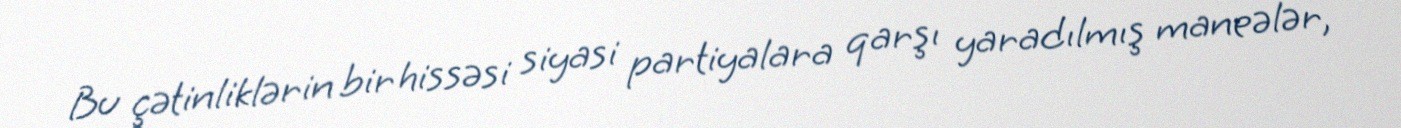
Bu çətinliklərin bir hissəsi siyasi partiyalara qarşı yaradılmış maneələr,